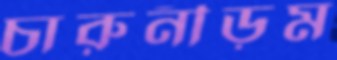
চারুনীড়ম